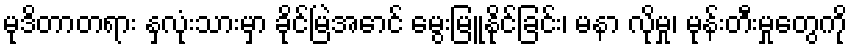
မုဒိတာတရား နှလုံးသားမှာ ခိုင်မြဲအောင် မွေးမြူနိုင်ခြင်း၊ မနာ လိုမှု၊ မုန်းတီးမှုတွေကို